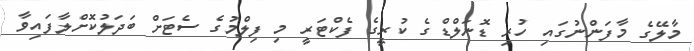
މާލޭގެ މާފަންނުގައި ހުރި ޑޮނަލްޑްގެ ކުރީގެ ފެކްޓަރީ މި ފިލްމުގެ ސެޓަށް ބަދަލުކޮށްލާފައިވާ